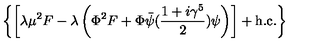
\left\{ \left[ \lambda \mu ^ { 2 } F - \lambda \left( \Phi ^ { 2 } F + \Phi \bar { \psi } ( { \frac { 1 + i \gamma ^ { 5 } } { 2 } } ) \psi \right) \right] + \mathrm { h . c . } \right\}